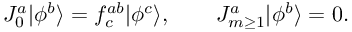
J _ { 0 } ^ { a } | \phi ^ { b } \rangle = f _ { c } ^ { a b } | \phi ^ { c } \rangle , ~ ~ ~ ~ ~ ~ J _ { m \ge 1 } ^ { a } | \phi ^ { b } \rangle = 0 .